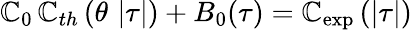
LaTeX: \mathbb{C}_{0}\, \mathbb{C}_{th}\left(\theta\, \left|\tau\right|\right)+B_{0}(\tau)=\mathbb{C}_{\exp}\left(\left|\tau\right|\right)